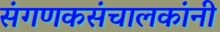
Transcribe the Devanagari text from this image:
संगणकसंचालकांनी